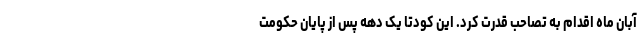
آبان ماه اقدام به تصاحب قدرت کرد. این کودتا یک دهه پس از پایان حکومت